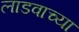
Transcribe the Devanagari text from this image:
लाडवाच्या